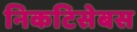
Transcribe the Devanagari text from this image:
निकटिसेबस